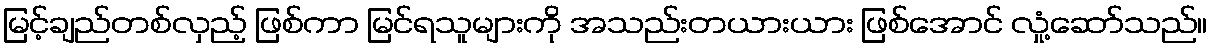
မြင့်ချည်တစ်လှည့် ဖြစ်ကာ မြင်ရသူများကို အသည်းတယားယား ဖြစ်အောင် လှုံ့ဆော်သည်။